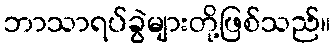
ဘာသာရပ်ခွဲများတို့ဖြစ်သည်။